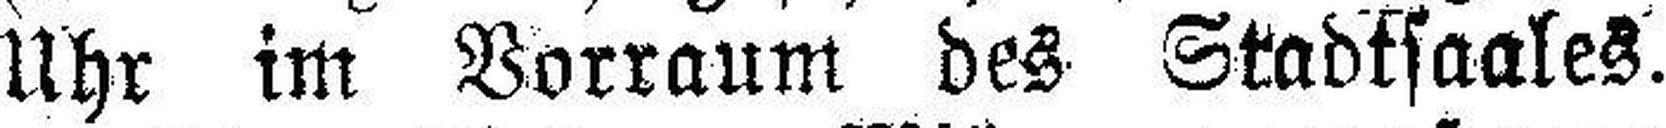
Uhr im Vorraum des Stadtsaales.